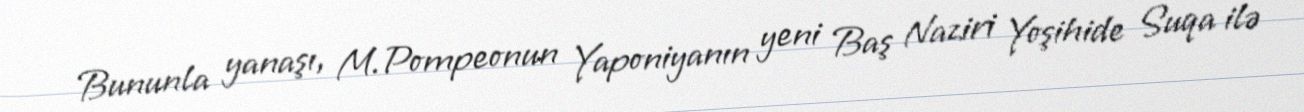
Bununla yanaşı, M.Pompeonun Yaponiyanın yeni Baş Naziri Yoşihide Suqa ilə